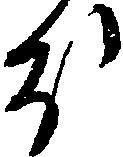
ほ